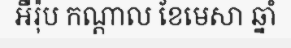
អឺរ៉ុប កណ្តាល ខែមេសា ឆ្នាំ